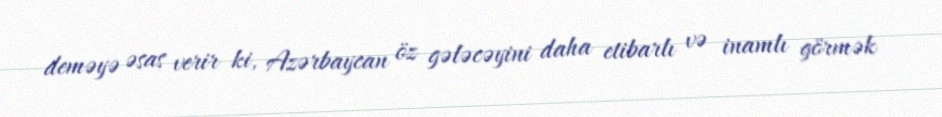
deməyə əsas verir ki, Azərbaycan öz gələcəyini daha etibarlı və inamlı görmək